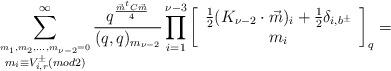
LaTeX: \begin{align*}\sum^{\infty}_{\stackrel{m_1,m_2,\ldots,m_{\nu-2}=0}{m_i\equiv V_{i,r}^{\pm}(mod 2)}}\frac{q^{\frac{\vec{m}^tC\vec{m}}{4}}}{(q,q)_{m_{\nu-2}}}\prod_{i=1}^{\nu-3} \left[ \begin{array}{c}\frac{1}{2}(K_{\nu-2}\cdot\vec{m})_i+\frac{1}{2}\delta_{i,b^{\pm}} \\ m_i\end{array}\right]_q =\end{align*}